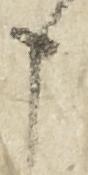
申